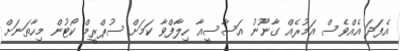
އެފަދަ އެއްވެސް އަމުރެއް ގާނޫނު އަސާސީއާ ހިލާފްވާ ކަމަށް ސުޕްރީމް ކޯޓުން މިހާތަނަށް